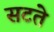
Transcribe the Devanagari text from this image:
सटते